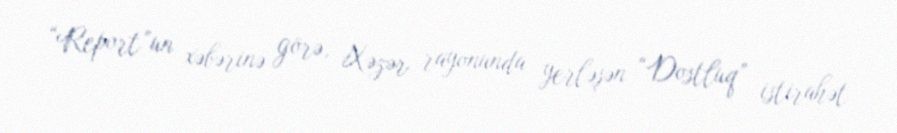
“Report”un xəbərinə görə, Xəzər rayonunda yerləşən “Dostluq” istirahət